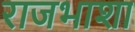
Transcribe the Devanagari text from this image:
राजभाशा